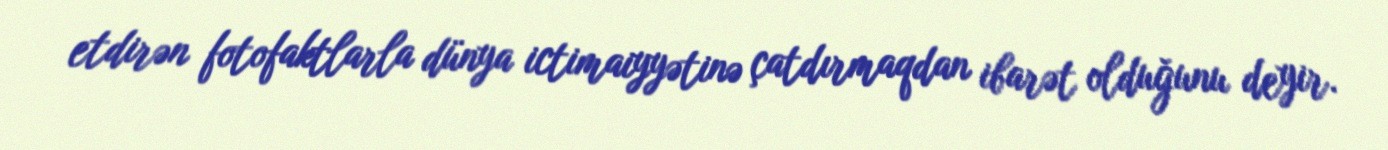
etdirən fotofaktlarla dünya ictimaiyyətinə çatdırmaqdan ibarət olduğunu deyir.